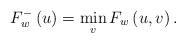
LaTeX: \begin{align*}F_{w}^{-}\left( u\right) =\min\limits_{v}F_{w}\left( u,v\right) .\end{align*}